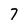
Character: 7